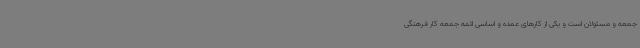
جمعه و مسئولان است و یکی از کارهای عمده و اساسی ائمه جمعه کار فرهنگی